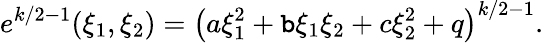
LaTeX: e^{k/2-1}(\xi_{1},\xi_{2})=\left(a\xi_{1}^{2}+\mathtt{b}\xi_{1}\xi_{2}+c\xi_{2}^{2}+q\right)^{k/2-1}.